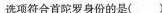
选项符合首陀罗身份的是()